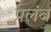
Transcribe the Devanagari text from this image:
प्रलंब